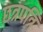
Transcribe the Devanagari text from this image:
छत्रपत्रि